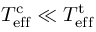
T _ { \mathrm { e f f } } ^ { \mathrm { c } } \ll T _ { \mathrm { e f f } } ^ { \mathrm { t } }